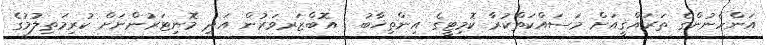
އަންހެނުންގެ ތަރައްޤީއަށް މަސައްކަތްކުރާ ކޮމިޓީގެ އިންތިޚާބު : އޮބްޒަރވަރުން އަދި މޮނިޓަރުންނަށް ކުރިމަތިލުމުގެ